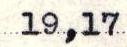
19,17